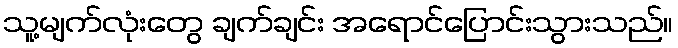
သူ့မျက်လုံးတွေ ချက်ချင်း အရောင်ပြောင်းသွားသည်။